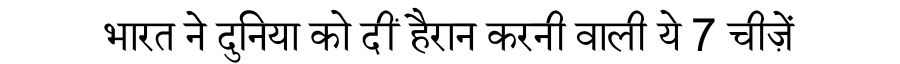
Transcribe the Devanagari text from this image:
भारत ने दुनिया को दीं हैरान करनी वाली ये 7 चीज़ें